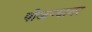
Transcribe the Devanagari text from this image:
पोळण्यावर